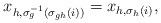
LaTeX: \begin{align*}x_{h,\sigma_{g}^{-1}(\sigma_{gh}(i))}=x_{h, \sigma_h(i)}, \end{align*}